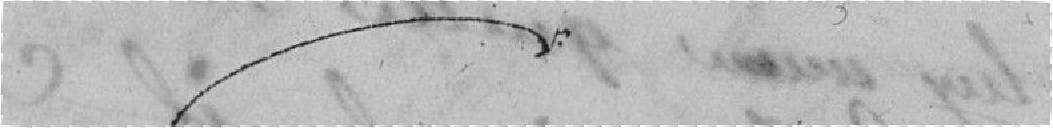
?????